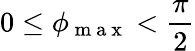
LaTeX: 0\le\phi_{\mathrm{~m~a~x~}}<\frac{\pi}{2}